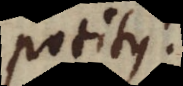
positus.